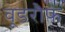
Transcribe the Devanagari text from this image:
वूडरौफ